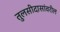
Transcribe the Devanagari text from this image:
तुलसीदासांवरील